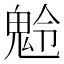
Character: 𩲩